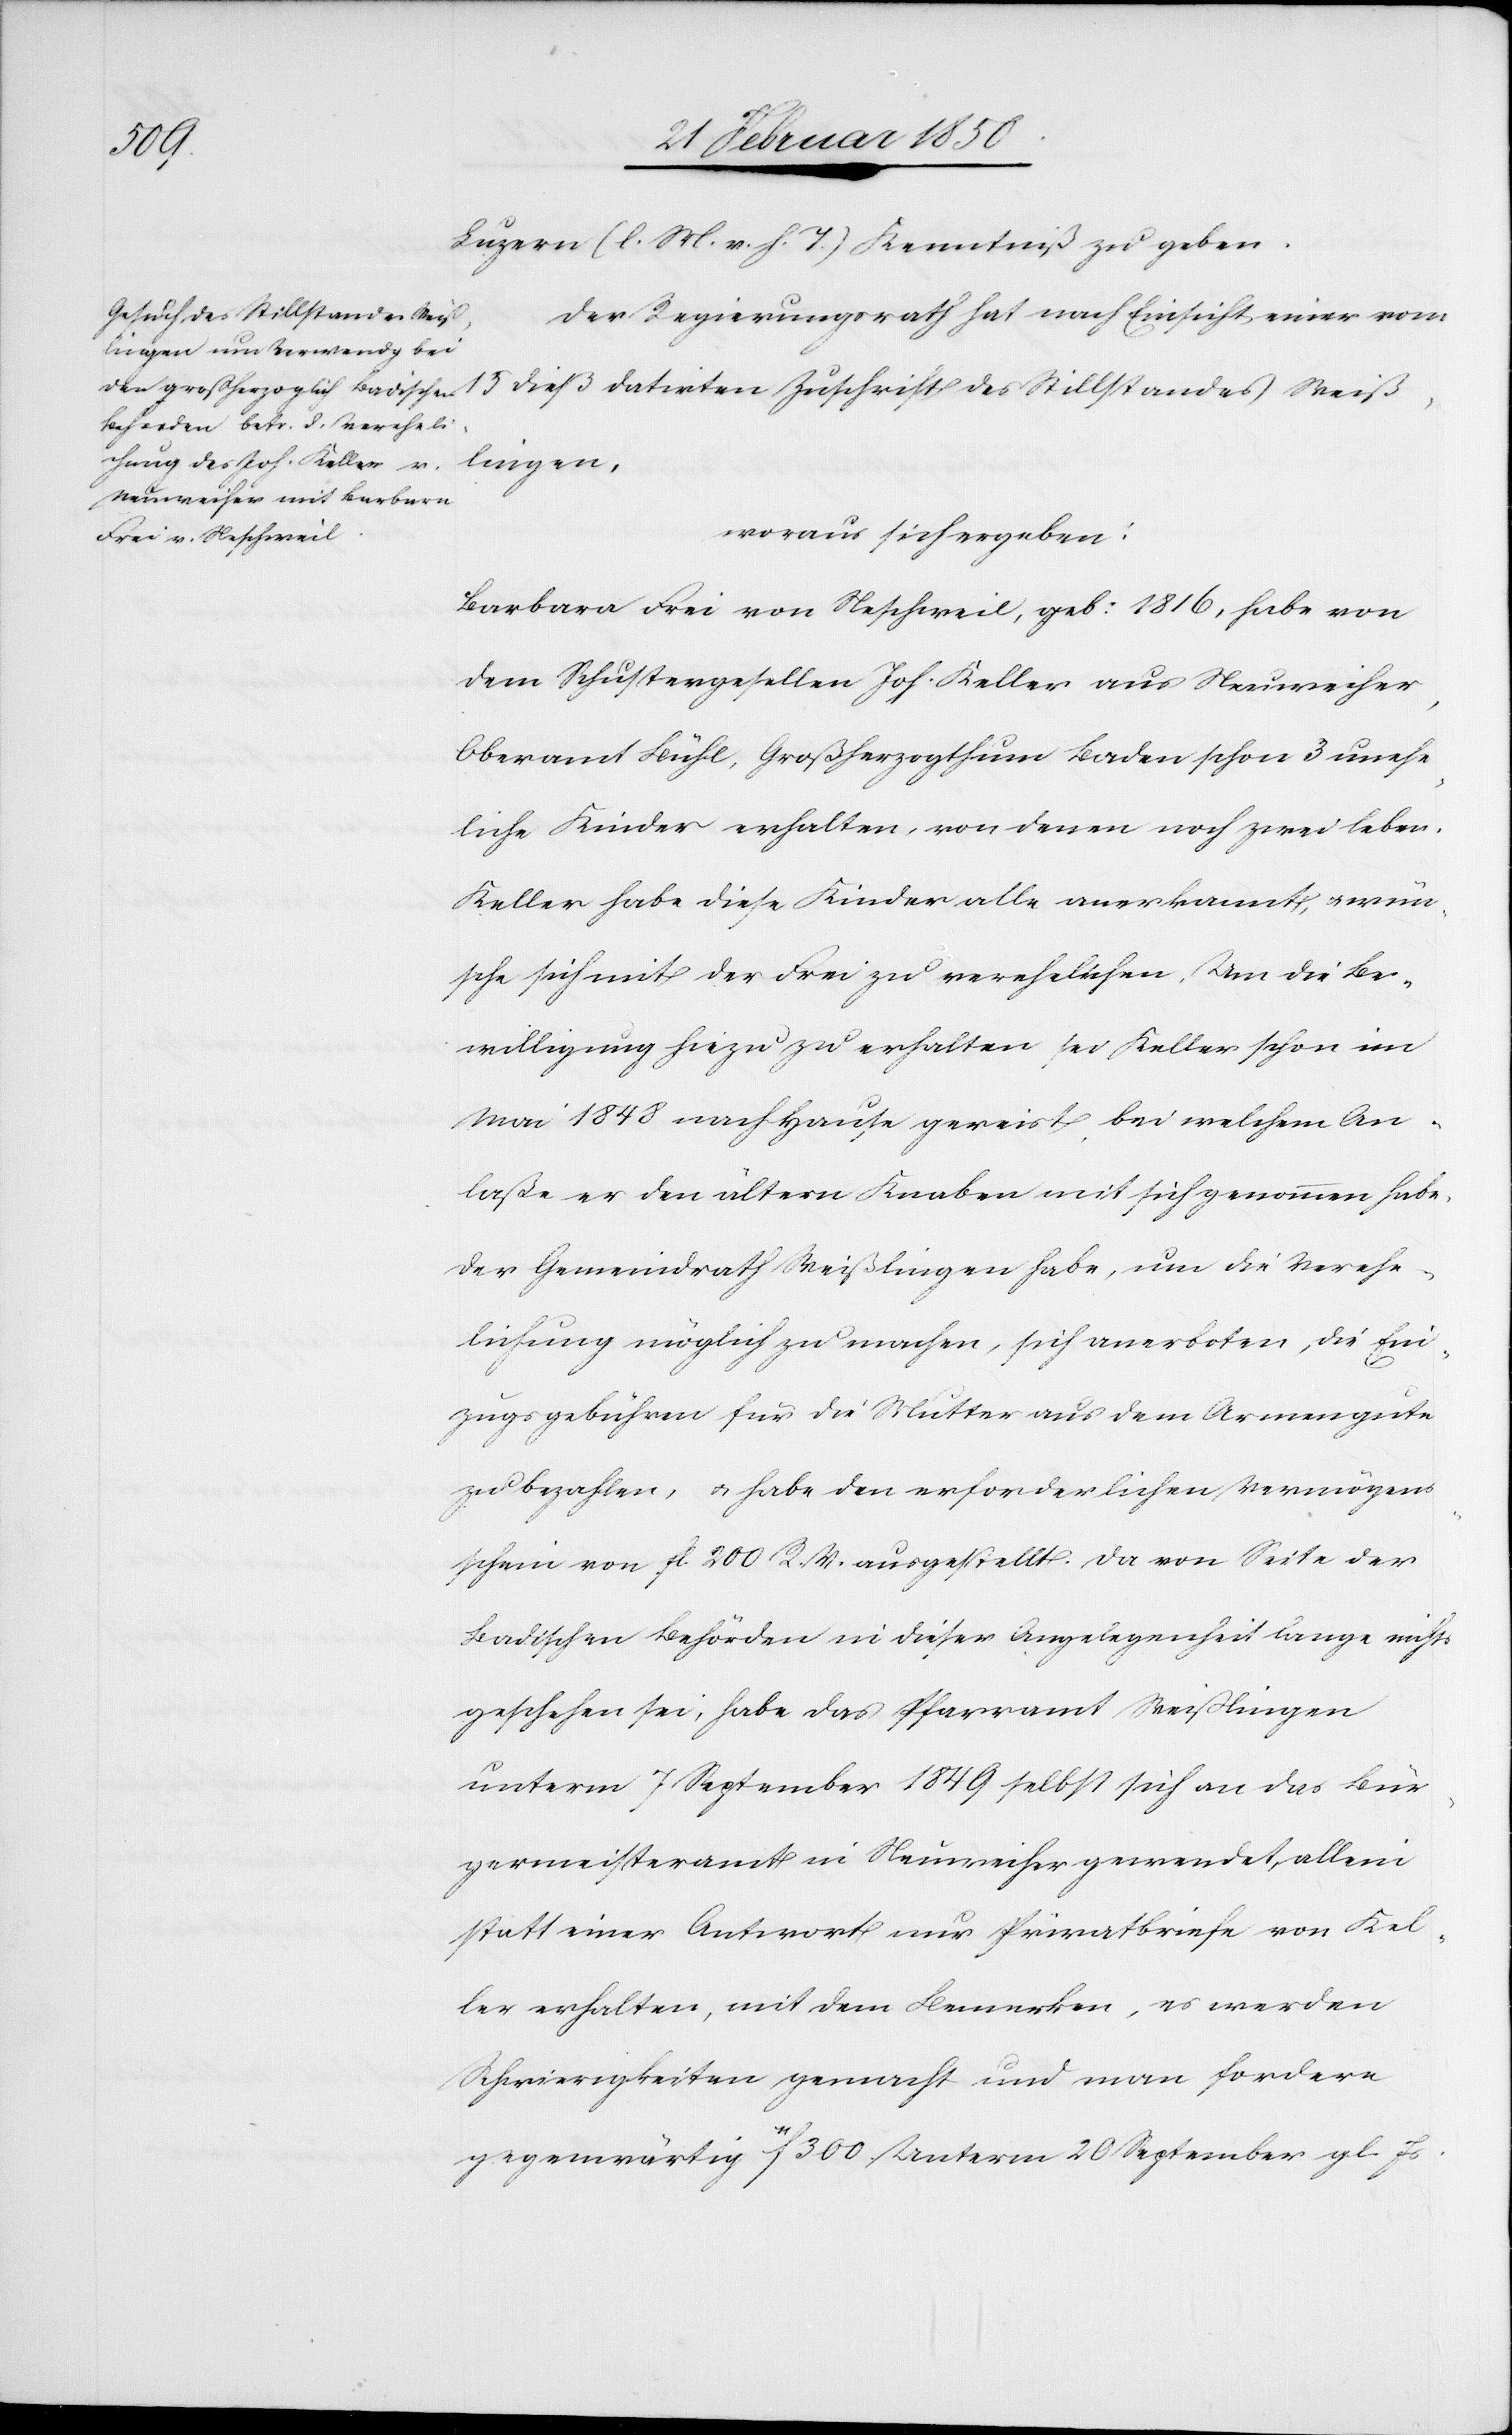
datirten
Luzern (l. M. v. h. T.) Kenntniß zu geben.
Zuschrift des Stillstandes Weiß¬
Der Regierungsrath hat nach Einsicht einer vom
lingen,
woraus sich ergeben:
Barbara Frei von Neschweil, geb: 1816, habe von
dem Schustergesellen Joh. Keller aus Neuweiher,
Oberamt Bühl, Großherzogthum Baden schon 3 unehe¬
liche Kinder erhalten, von denen noch zwei leben.
Keller habe diese Kinder alle anerkannt, u. wün¬
sche sich mit der Frei zu verhelichen. Um die Be¬
willigung hiezu zu erhalten sei Keller schon im
Mai 1848 nach Hause gereist, bei welchem An¬
laße er den ältern Knaben mit sich genommen habe.
Der Gemeindrath Weißlingen habe, um die Verehe¬
lichung möglich zu machen, sich anerboten, die Ein¬
zugsgebühren für die Mutter aus dem Armengute
zu bezahlen, u. habe den erforderlichen Vermögens¬
schein von fl. 200 R. V. ausgestellt. Da von Seite der
Badischen Behörden in dieser Angelegenheit lange nichts
geschehen sei, habe das Pfarramt Weißlingen
unterm 7 September 1849 selbst sich an das Bür¬
germeisteramt in Neuweiher gewendet, allein
statt einer Antwort nur Privatbriefe von Kel¬
ler erhalten, mit dem Bemerken, es werden
Schwierigkeiten gemacht und man fordere
gegenwärtig f 300. Unterm 20 September gl. Js.